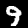
Label: 9